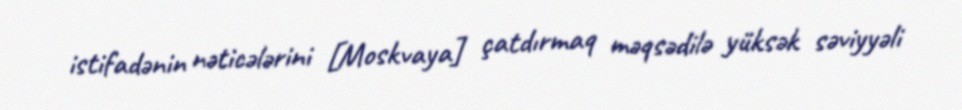
istifadənin nəticələrini [Moskvaya] çatdırmaq məqsədilə yüksək səviyyəli